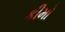
કીમો